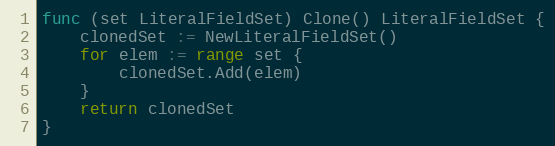
Language: Go
func (set LiteralFieldSet) Clone() LiteralFieldSet {
	clonedSet := NewLiteralFieldSet()
	for elem := range set {
		clonedSet.Add(elem)
	}
	return clonedSet
}